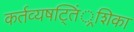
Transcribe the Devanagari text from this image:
कर्तव्यषट्तिं्रशिका